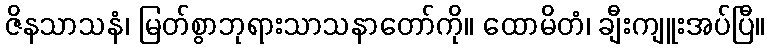
ဇိနသာသနံ၊ မြတ်စွာဘုရားသာသနာတော်ကို။ ထောမိတံ၊ ချီးကျူးအပ်ပြီ။